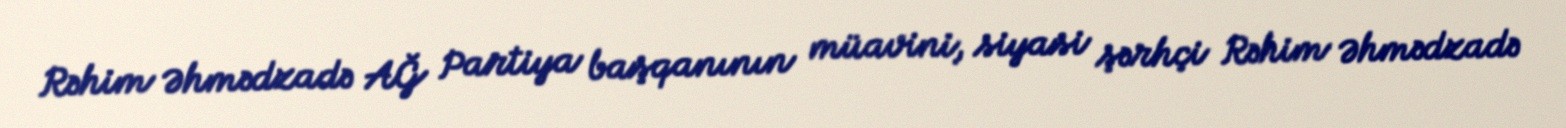
Rəhim Əhmədzadə AĞ Partiya başqanının müavini, siyasi şərhçi Rəhim Əhmədzadə